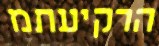
הרקיעתמ